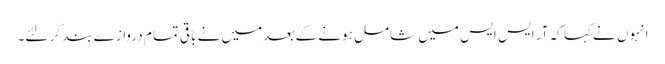
انہوں نے کہا کہ آر ایس ایس میں شامل ہونے کے بعد میں نے باقی تمام دروازے بند کر لئے۔